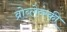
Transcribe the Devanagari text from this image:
व्रोब्लेव्स्की